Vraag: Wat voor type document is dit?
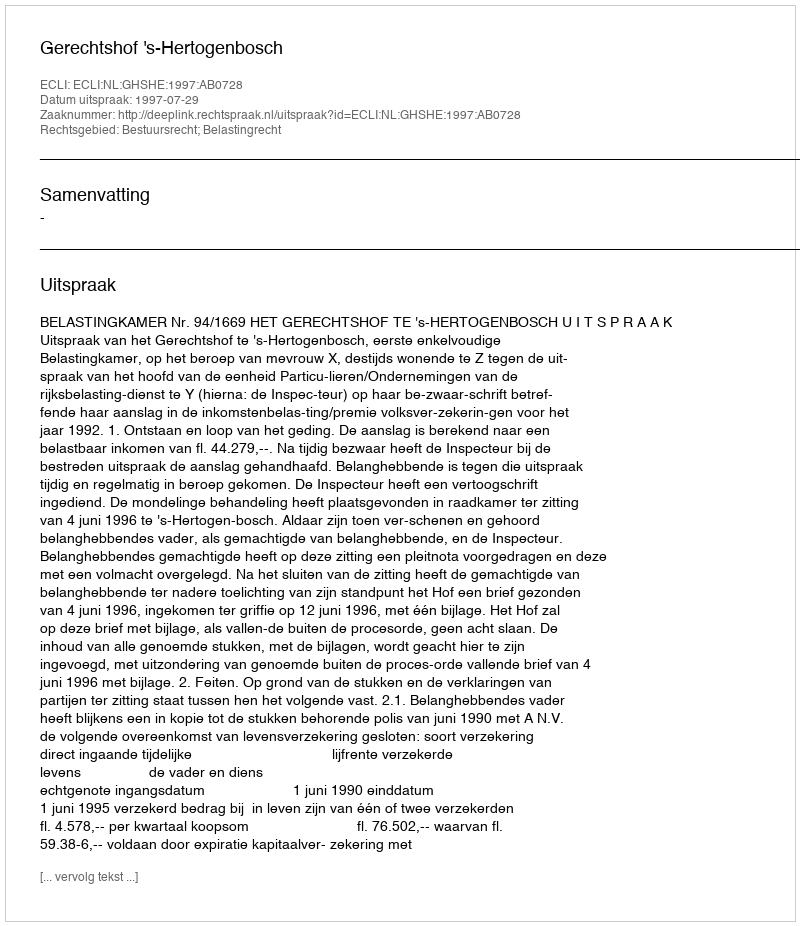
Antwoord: Uitspraak